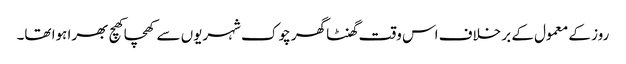
روز کے معمول کے بر خلاف اس وقت گھنٹا گھر چوک شہریوں سے کھچا کھچ بھرا ہوا تھا۔